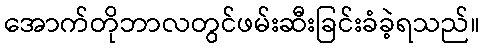
အောက်တိုဘာလတွင်ဖမ်းဆီးခြင်းခံခဲ့ရသည်။